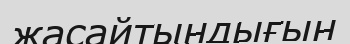
жасайтындығын